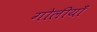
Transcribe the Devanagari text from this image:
गोलीयाँ